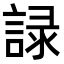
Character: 𧨹